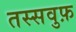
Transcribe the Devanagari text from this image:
तस्सवुफ़